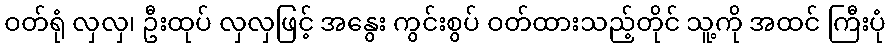
ဝတ်ရုံ လှလှ၊ ဦးထုပ် လှလှဖြင့် အနွေး ကွင်းစွပ် ဝတ်ထားသည့်တိုင် သူ့ကို အထင် ကြီးပုံ